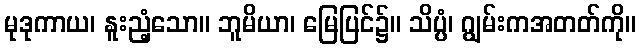
မုဒုကာယ၊ နူးညံ့သော။ ဘူမိယာ၊ မြေပြင်၌။ သိပ္ပံ၊ ဂျွမ်းကအတတ်ကို။